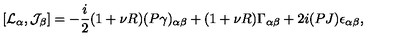
[ { \cal L } _ { \alpha } , { \cal J } _ { \beta } ] = - \frac { i } { 2 } ( 1 + \nu R ) ( P \gamma ) _ { \alpha \beta } + ( 1 + \nu R ) \Gamma _ { \alpha \beta } + 2 i ( P J ) \epsilon _ { \alpha \beta } ,